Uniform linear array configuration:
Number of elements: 8
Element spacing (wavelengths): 1
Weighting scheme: uniform
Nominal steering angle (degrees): -45
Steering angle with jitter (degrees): -45.006
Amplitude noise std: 0.05
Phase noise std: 0.05

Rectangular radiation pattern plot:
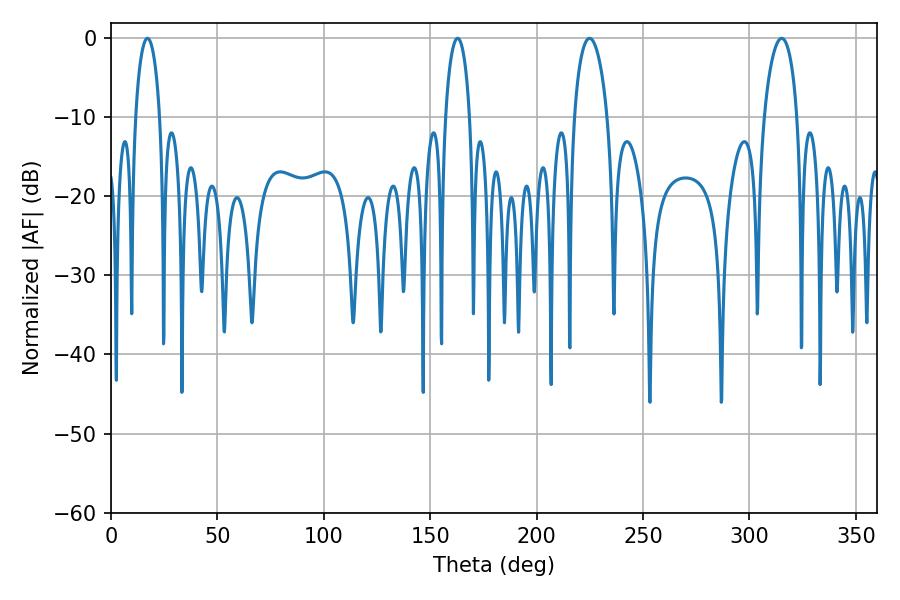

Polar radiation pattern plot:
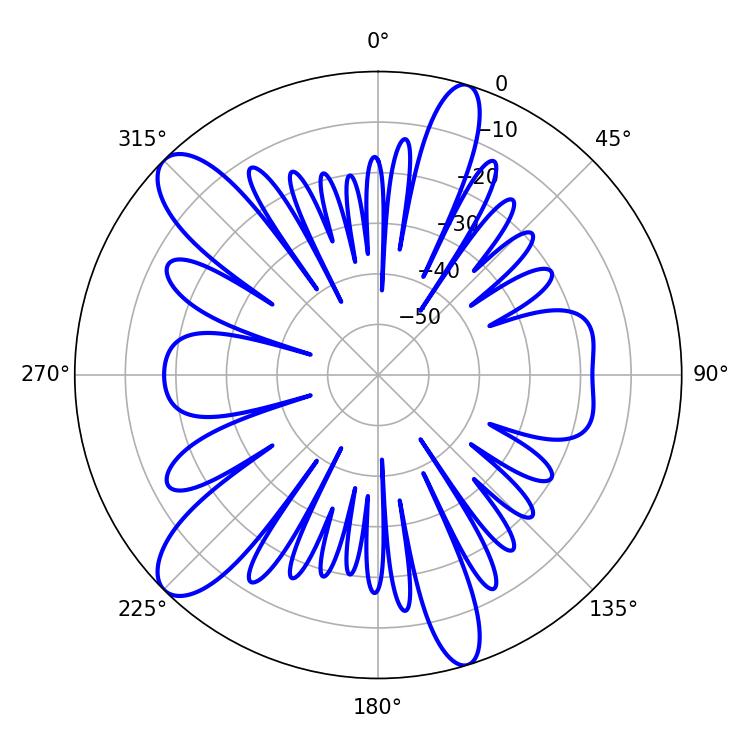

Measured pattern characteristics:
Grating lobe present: TRUE
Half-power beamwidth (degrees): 6.48
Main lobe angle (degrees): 162.9